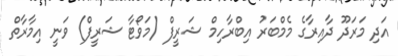
އަދި މަރަދޫ ދާއިރާގެ މެމްބަރު އިބްރާހިމް ޝަރީފް (މަވޯޓާ ޝަރީފް) ވަނީ އިމާރާތް